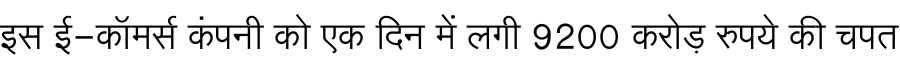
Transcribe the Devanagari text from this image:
इस ई-कॉमर्स कंपनी को एक दिन में लगी 9200 करोड़ रुपये की चपत